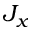
J _ { x }